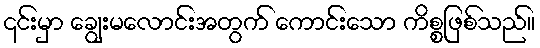
၎င်းမှာ ချွေးမလောင်းအတွက် ကောင်းသော ကိစ္စဖြစ်သည်။